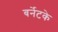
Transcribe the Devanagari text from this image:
बर्नेटके